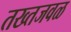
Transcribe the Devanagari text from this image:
तख्तजवळ